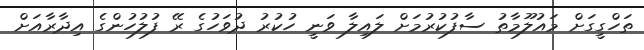
ތަހްގީގަށް މައުލޫމާތު ސާފުކުރުމަށް ލައިލާ ވަނީ ހުކުރު ދުވަހުގެ ރޭ ފުލުހުންގެ އިދާރާއަށް